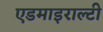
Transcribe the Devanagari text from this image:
एडमाइराल्टी